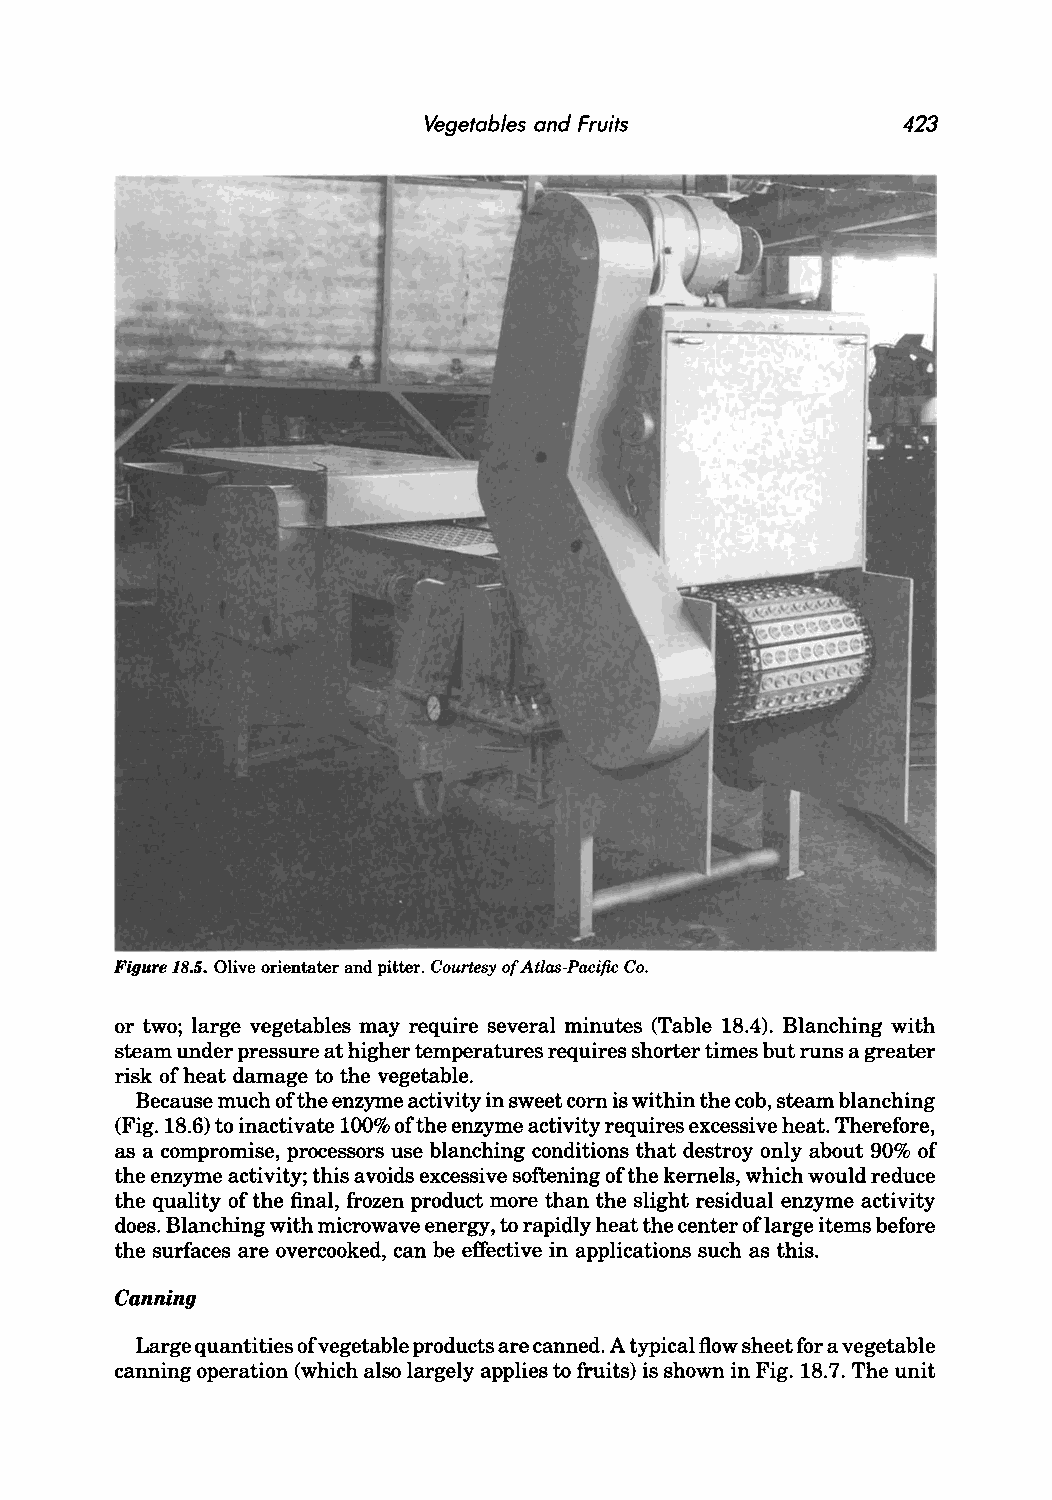
Vegetables and Fruits           423
 Figure 18.5. Olive orientater and pitter. Courtesy of Atlas-Pacific Co.
 or two; large vegetables may require several minutes (Table 18.4). Blanching with
 steam under pressure at higher temperatures requires shorter times but runs a greater
 risk of heat damage to the vegetable.
 Because much of the enzyme activity in sweet corn is within the cob, steam blanching
 (Fig. 18.6) to inactivate 100% of the enzyme activity requires excessive heat. Therefore,
 as a compromise, processors use blanching conditions that destroy only about 90% of
 the enzyme activity; this avoids excessive softening of the kernels, which would reduce
 the quality of the final, frozen product more than the slight residual enzyme activity
 does. Blanching with microwave energy, to rapidly heat the center oflarge items before
 the surfaces are overcooked, can be effective in applications such as this.
 Canning
 Large quantities of vegetable products are canned. A typical flow sheet for a vegetable
 canning operation (which also largely applies to fruits) is shown in Fig. 18.7. The unit